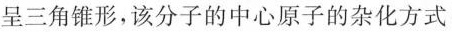
呈三角锥形，该分子的中心原子的杂化方式